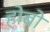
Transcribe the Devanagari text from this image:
होबो